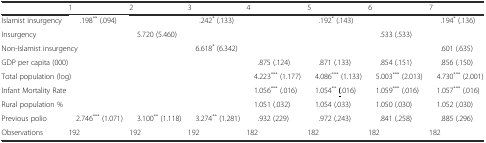
|  | 1 | 2 | 3 | 4 | 5 | 6 | 7 |
 | --- | --- | --- | --- | --- | --- | --- | --- |
 | Islamist insurgency | .198** (.094) |  | .242* (.133) |  | .192* (.143) |  | .194* (.136) |
 | Insurgency |  | 5.720 (5.460) |  |  |  | .533 (.533) |  |
 | <COLSPAN=2> Non-Islamist insurgency |  | 6.618* (6.342) |  |  |  | .601 (.635) |
 | <COLSPAN=2> GDP per capita (000) |  |  | .875 (.124) | .871 (.133) | .854 (.151) | .856 (.150) |
 | <COLSPAN=2> Total population (log) |  |  | 4.223*** (1.177) | 4.086*** (1.133) | 5.003*** (2.013) | 4.730*** (2.001) |
 | <COLSPAN=2> Infant Mortality Rate |  |  | 1.056*** (.016) | 1.054**<underline>(</underline>.016) | 1.059*** (.016) | 1.057*** (.016) |
 | <COLSPAN=2> Rural population % |  |  | 1.051 (.032) | 1.054 (.033) | 1.050 (.030) | 1.052 (.030) |
 | Previous polio | 2.746*** (1.071) | 3.100** (1.118) | 3.274** (1.281) | .932 (229) | .972 (.243) | .841 (.258) | .885 (.296) |
 | Observations | 192 | 192 | 192 | 182 | 182 | 182 | 182 |